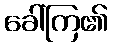
ခေါ်ကြ၏